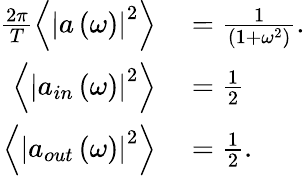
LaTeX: \begin{array}{rl}{\frac{2\pi}{T}\left\langle\left|a\left(\omega\right)\right|^{2}\right\rangle}&{{}=\frac{1}{\left(1+\omega^{2}\right)}.}\\ {\left\langle\left|a_{in}\left(\omega\right)\right|^{2}\right\rangle}&{{}=\frac{1}{2}}\\ {\left\langle\left|a_{out}\left(\omega\right)\right|^{2}\right\rangle}&{{}=\frac{1}{2}.}\end{array}